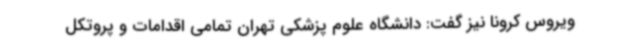
ویروس کرونا نیز گفت: دانشگاه علوم پزشکی تهران تمامی اقدامات و پروتکل